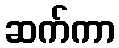
ဆက်ကာ